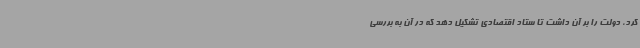
کرد، دولت را بر آن داشت تا ستاد اقتصادی تشکیل دهد که در آن به بررسی